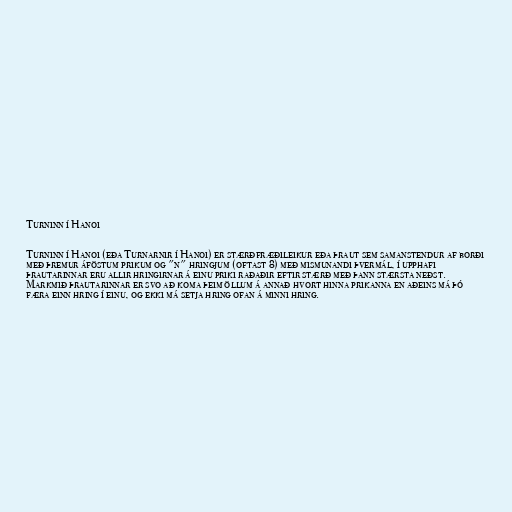
Turninn í Hanoi

Turninn í Hanoi (eða Turnarnir í Hanoi) er stærðfræðileikur eða þraut sem samanstendur af borði
með þremur áföstum prikum og "n" hringjum (oftast 8) með mismunandi þvermál, í upphafi
þrautarinnar eru allir hringirnar á einu priki raðaðir eftir stærð með þann stærsta neðst.
Markmið þrautarinnar er svo að koma þeim öllum á annað hvort hinna prikanna en aðeins má þó
færa einn hring í einu, og ekki má setja hring ofan á minni hring.